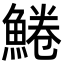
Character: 䱧